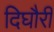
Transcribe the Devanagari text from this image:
दिघौरी